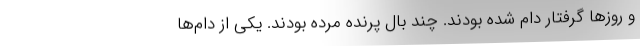
و روزها گرفتار دام شده بودند. چند بال پرنده مرده بودند. يكي از دام‌ها